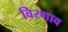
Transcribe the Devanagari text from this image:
विरगाव